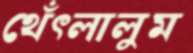
থেঁৎলালুম